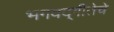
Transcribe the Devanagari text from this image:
भगवद्‌गीतेचे